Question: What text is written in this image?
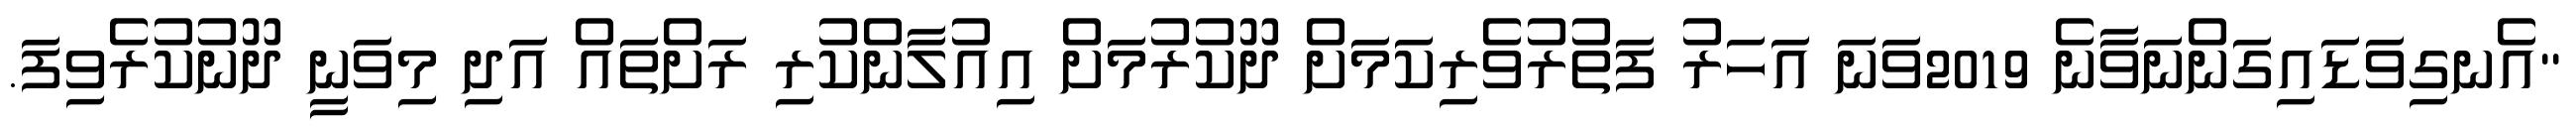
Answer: "އެނގިވަޑައިގަންނަވާނެ 2019ވަނަ އަހަރު ފަތުރުވެރިކަމަށް ދޫކުރުމަށް އިއުލާންކުރި ރަށްތައް އަދި މިވަނީ ދޫނުކުރެވިފަ.